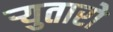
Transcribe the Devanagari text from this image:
र्‍युतारो